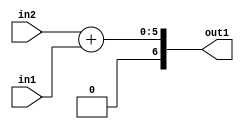
`timescale 1ps / 1ps
/*****************************************************************************
    Verilog RTL Description
    
    
    Created by: Stratus DpOpt 21.05.01 
*******************************************************************************/

module SobelFilter_Add_5Ux5U_7S_1 (
	in2,
	in1,
	out1
	); /* architecture "behavioural" */ 
input [4:0] in2,
	in1;
output [6:0] out1;
wire [6:0] asc001;

assign asc001 = 
	+(in2)
	+(in1);

assign out1 = asc001;
endmodule

/* CADENCE  urn3SQ8= : u9/ySxbfrwZIxEzHVQQV8Q== ** DO NOT EDIT THIS LINE ******/